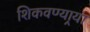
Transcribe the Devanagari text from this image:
शिकवण्यार्‍या